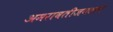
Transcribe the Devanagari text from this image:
अमरावतीजवळचे